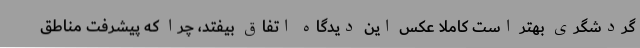
گردشگری بهتر است کاملا عکس این دیدگاه اتفاق بیفتد، چرا که پیشرفت مناطق